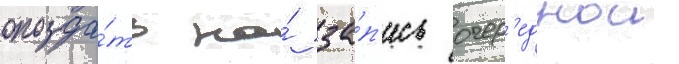
опозда́ть на́ за́п'ись очер'еднои